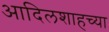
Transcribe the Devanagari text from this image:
आदिलशाहच्या